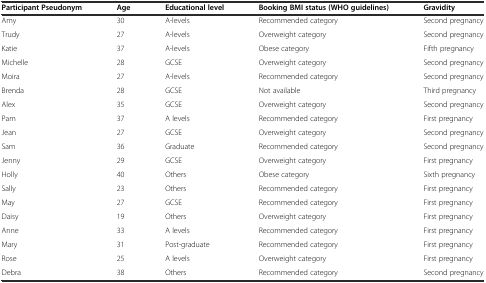
<table><thead><tr><td><b>Participant Pseudonym</b></td><td><b>Age</b></td><td><b>Educational level</b></td><td><b>Booking BMI status (WHO guidelines)</b></td><td><b>Gravidity</b></td></tr></thead><tbody><tr><td>Amy</td><td>30</td><td>A-levels</td><td>Recommended category</td><td>Second pregnancy</td></tr><tr><td>Trudy</td><td>27</td><td>A-levels</td><td>Overweight category</td><td>Second pregnancy</td></tr><tr><td>Katie</td><td>37</td><td>A-levels</td><td>Obese category</td><td>Fifth pregnancy</td></tr><tr><td>Michelle</td><td>28</td><td>GCSE</td><td>Overweight category</td><td>Second pregnancy</td></tr><tr><td>Moira</td><td>27</td><td>A-levels</td><td>Recommended category</td><td>Second pregnancy</td></tr><tr><td>Brenda</td><td>28</td><td>GCSE</td><td>Not available</td><td>Third pregnancy</td></tr><tr><td>Alex</td><td>35</td><td>GCSE</td><td>Overweight category</td><td>Second pregnancy</td></tr><tr><td>Pam</td><td>37</td><td>A levels</td><td>Recommended category</td><td>First pregnancy</td></tr><tr><td>Jean</td><td>27</td><td>GCSE</td><td>Overweight category</td><td>Second pregnancy</td></tr><tr><td>Sam</td><td>36</td><td>Graduate</td><td>Recommended category</td><td>Second pregnancy</td></tr><tr><td>Jenny</td><td>29</td><td>GCSE</td><td>Overweight category</td><td>First pregnancy</td></tr><tr><td>Holly</td><td>40</td><td>Others</td><td>Obese category</td><td>Sixth pregnancy</td></tr><tr><td>Sally</td><td>23</td><td>Others</td><td>Recommended category</td><td>First pregnancy</td></tr><tr><td>May</td><td>27</td><td>GCSE</td><td>Recommended category</td><td>First pregnancy</td></tr><tr><td>Daisy</td><td>19</td><td>Others</td><td>Overweight category</td><td>First pregnancy</td></tr><tr><td>Anne</td><td>33</td><td>A levels</td><td>Recommended category</td><td>First pregnancy</td></tr><tr><td>Mary</td><td>31</td><td>Post-graduate</td><td>Recommended category</td><td>First pregnancy</td></tr><tr><td>Rose</td><td>25</td><td>A levels</td><td>Overweight category</td><td>First pregnancy</td></tr><tr><td>Debra</td><td>38</td><td>Others</td><td>Recommended category</td><td>Second pregnancy</td></tr></tbody></table>